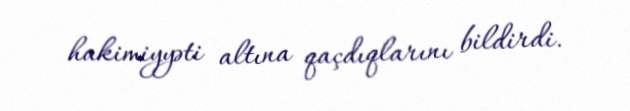
hakimiyyəti altına qaçdıqlarını bildirdi.